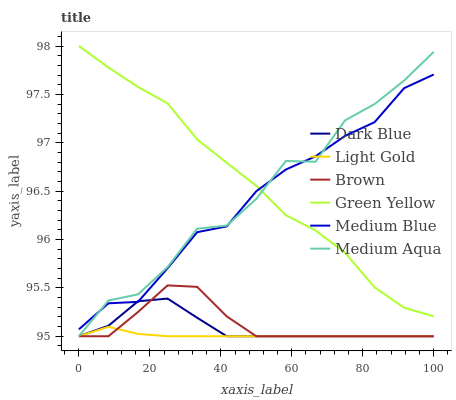
| xaxis_label | Dark Blue | Light Gold | Brown | Green Yellow | Medium Blue | Medium Aqua |
 | --- | --- | --- | --- | --- | --- | --- |
 | 0 | 95 | 95 | 95 | 98 | 95.1 | 95 |
 | 8.33 | 95.1 | 95.1 | 95 | 97.8 | 95.3 | 95.4 |
 | 16.7 | 95.4 | 95 | 95.3 | 97.6 | 95.4 | 95.4 |
 | 25 | 95.4 | 95 | 95.5 | 97.4 | 95.7 | 95.7 |
 | 33.3 | 95.2 | 95 | 95.5 | 97 | 96.1 | 96.1 |
 | 41.7 | 95 | 95 | 95.2 | 96.8 | 96.1 | 96.1 |
 | 50 | 95 | 95 | 95 | 96.6 | 96.5 | 96.4 |
 | 58.3 | 95 | 95 | 95 | 96.3 | 96.7 | 96.8 |
 | 66.7 | 95 | 95 | 95 | 96.1 | 96.9 | 96.8 |
 | 75 | 95 | 95 | 95 | 95.9 | 97.1 | 97.2 |
 | 83.3 | 95 | 95 | 95 | 95.5 | 97.2 | 97.4 |
 | 91.7 | 95 | 95 | 95 | 95.3 | 97.6 | 97.6 |
 | 100 | 95 | 95 | 95 | 95.2 | 97.7 | 97.9 |